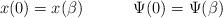
LaTeX: \begin{align*}x(0)= x(\beta) \hspace{.5in} \Psi(0) = \Psi(\beta)\end{align*}